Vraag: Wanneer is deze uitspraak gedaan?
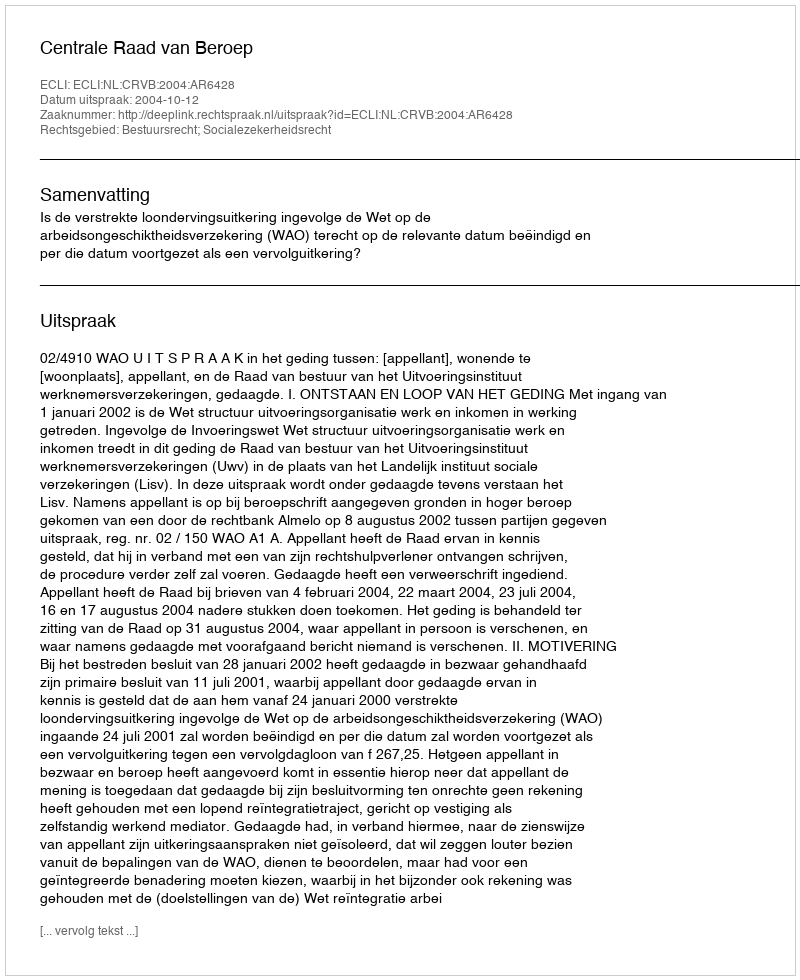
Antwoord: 2004-10-12